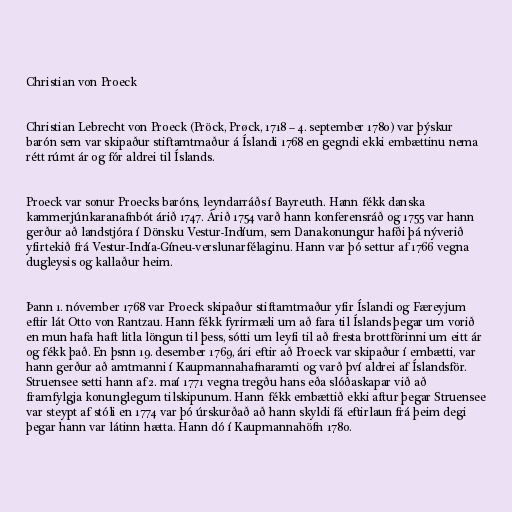
Christian von Proeck

Christian Lebrecht von Proeck (Pröck, Prøck, 1718 – 4. september 1780) var þýskur
barón sem var skipaður stiftamtmaður á Íslandi 1768 en gegndi ekki embættinu nema
rétt rúmt ár og fór aldrei til Íslands.

Proeck var sonur Proecks baróns, leyndarráðs í Bayreuth. Hann fékk danska
kammerjúnkaranafnbót árið 1747. Árið 1754 varð hann konferensráð og 1755 var hann
gerður að landstjóra í Dönsku Vestur-Indíum, sem Danakonungur hafði þá nýverið
yfirtekið frá Vestur-Indía-Gíneu-verslunarfélaginu. Hann var þó settur af 1766 vegna
dugleysis og kallaður heim.

Þann 1. nóvember 1768 var Proeck skipaður stiftamtmaður yfir Íslandi og Færeyjum
eftir lát Otto von Rantzau. Hann fékk fyrirmæli um að fara til Íslands þegar um vorið
en mun hafa haft litla löngun til þess, sótti um leyfi til að fresta brottförinni um eitt ár
og fékk það. En þsnn 19. desember 1769, ári eftir að Proeck var skipaður í embætti, var
hann gerður að amtmanni í Kaupmannahafnaramti og varð því aldrei af Íslandsför.
Struensee setti hann af 2. maí 1771 vegna tregðu hans eða slóðaskapar við að
framfylgja konunglegum tilskipunum. Hann fékk embættið ekki aftur þegar Struensee
var steypt af stóli en 1774 var þó úrskurðað að hann skyldi fá eftirlaun frá þeim degi
þegar hann var látinn hætta. Hann dó í Kaupmannahöfn 1780.